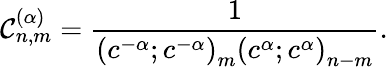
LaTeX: \mathcal{C}_{n,m}^{(\alpha)}=\frac{1}{\left(c^{-\alpha};c^{-\alpha}\right)_{m}\left(c^{\alpha};c^{\alpha}\right)_{n-m}}.